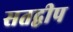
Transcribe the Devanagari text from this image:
सतद्वीप